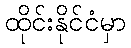
ထိုင်းနိုင်ငံမှာ